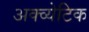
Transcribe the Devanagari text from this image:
अक्व्येटिक